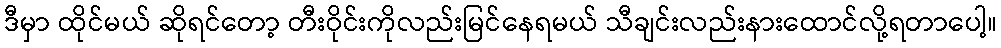
ဒီမှာ ထိုင်မယ် ဆိုရင်တော့ တီးဝိုင်းကိုလည်းမြင်နေရမယ် သီချင်းလည်းနားထောင်လို့ရတာပေါ့။